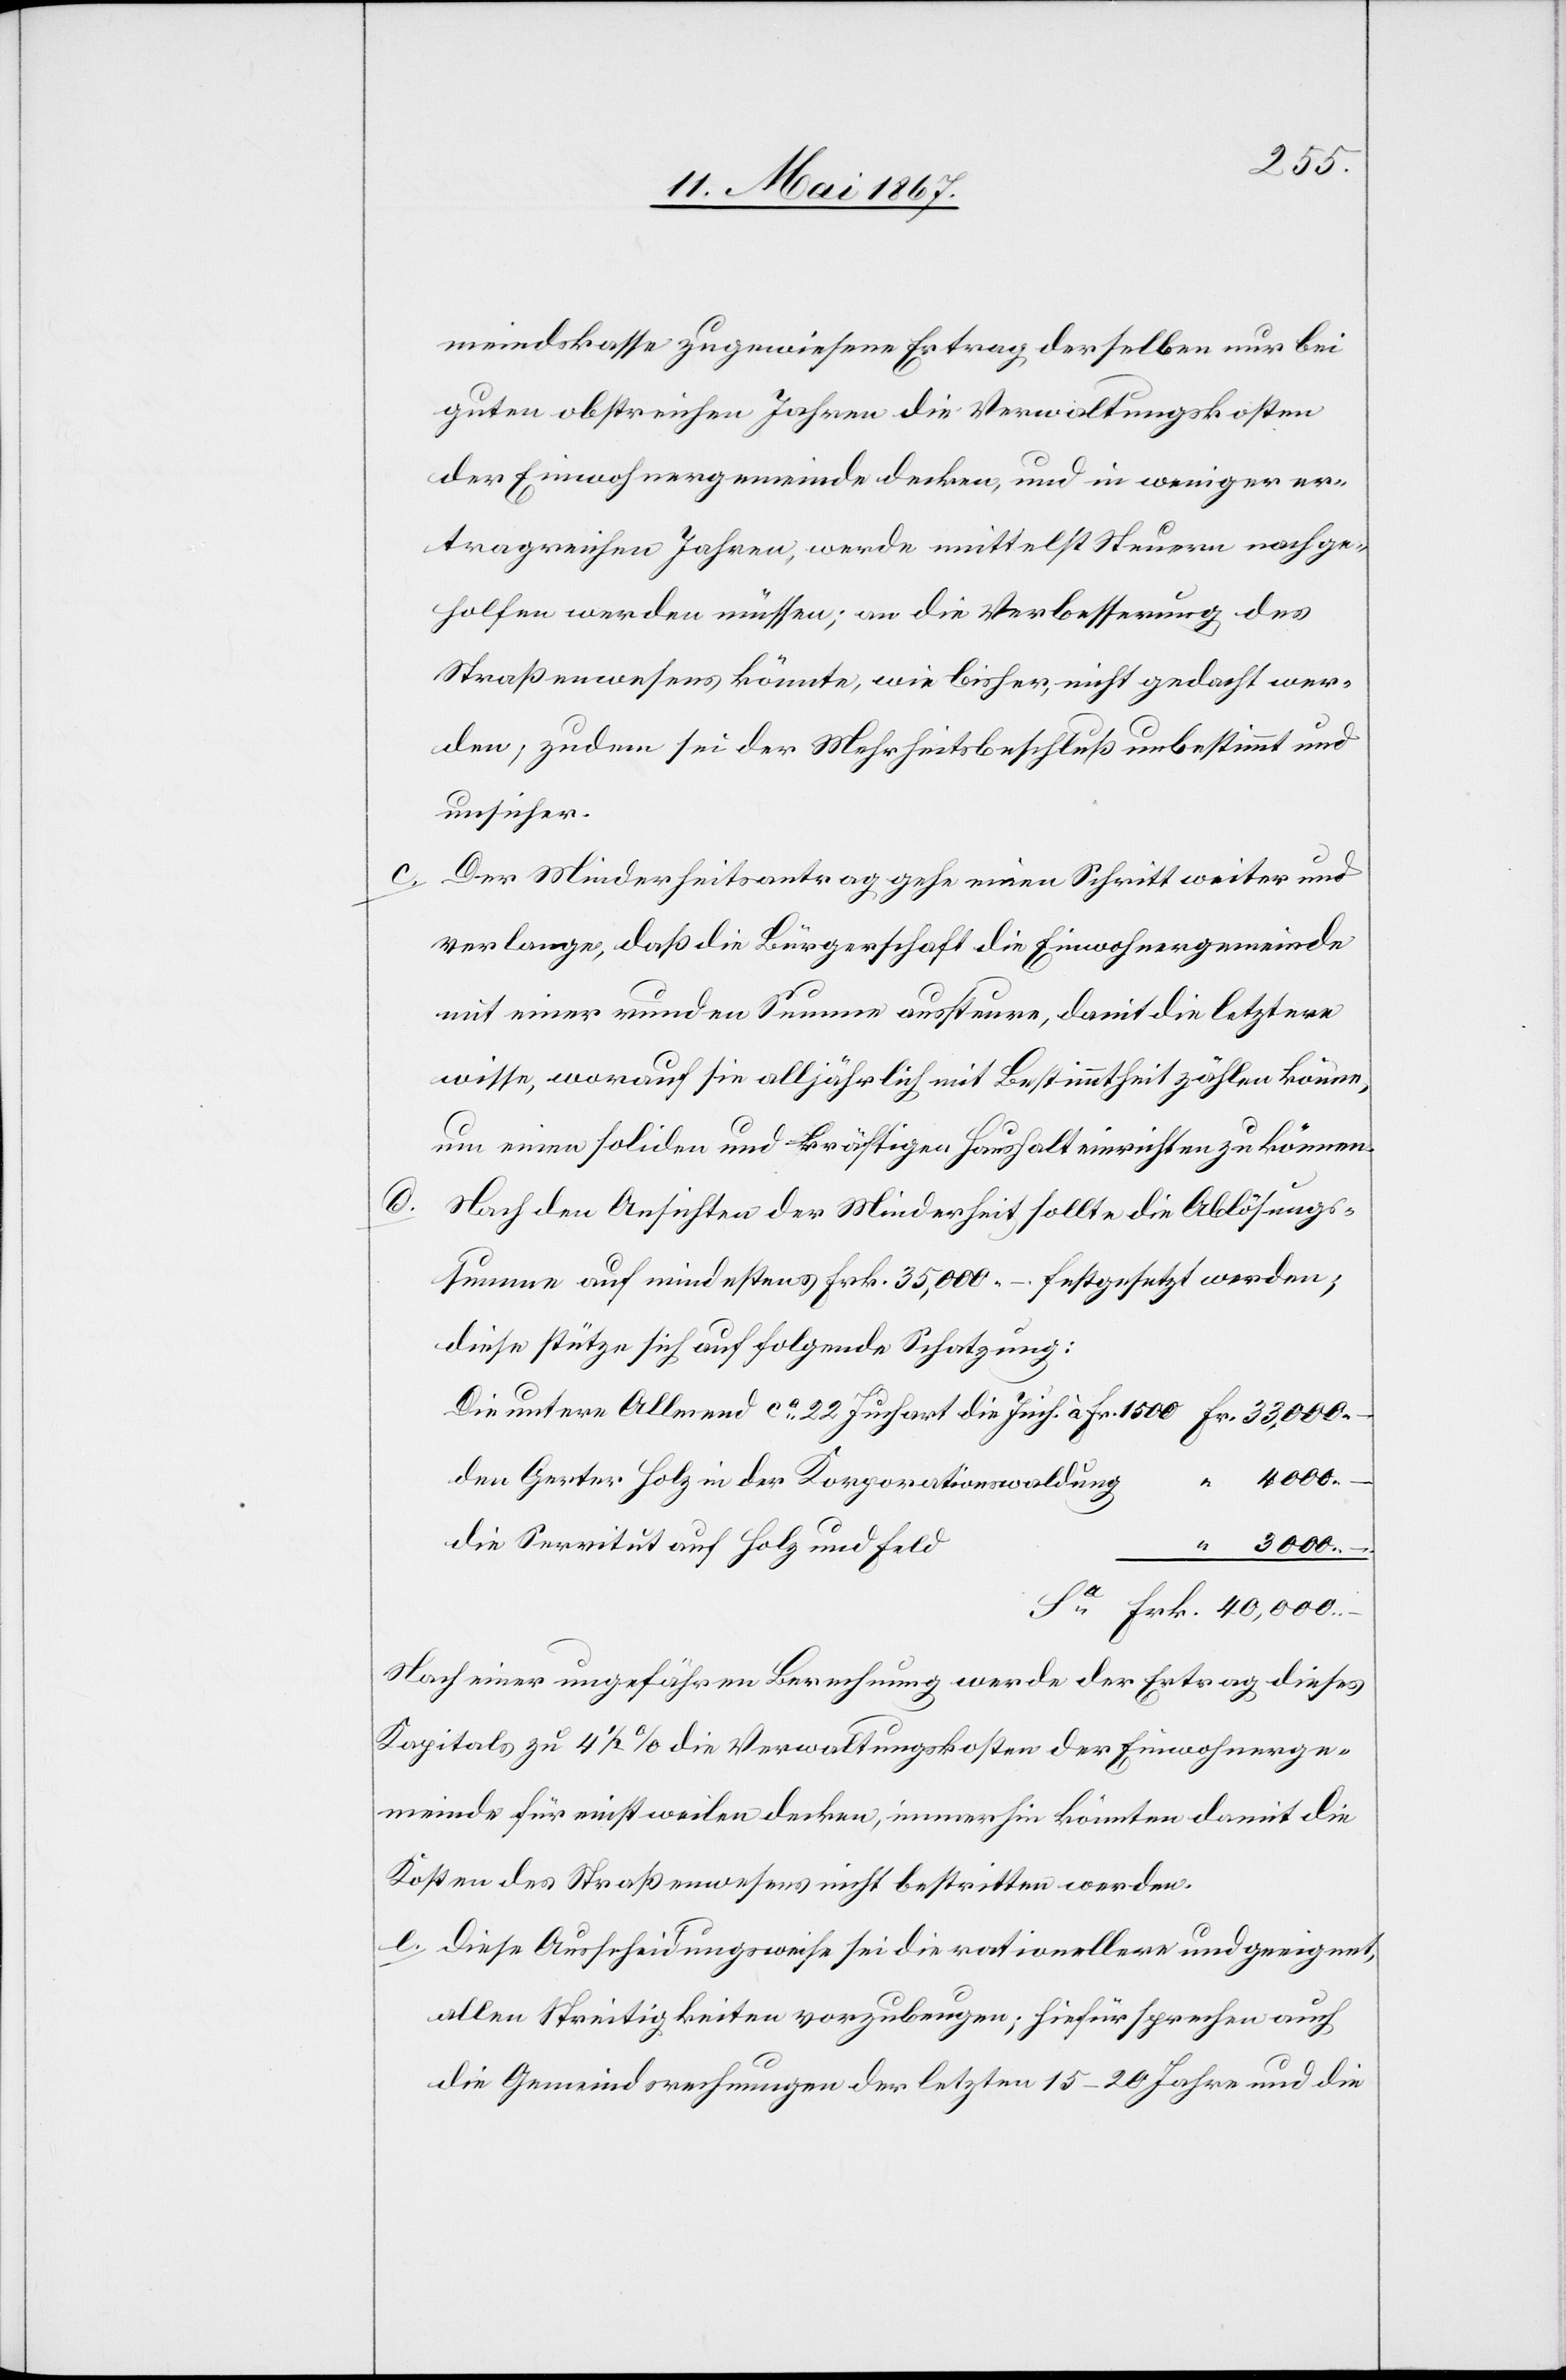
g
meindskasse zugewiesene Ertrag derselben nur bei
guten obstreichen Jahren die Verwaltungskosten
der Einwohnergemeinde decken, und in weniger er¬
tragreichen Jahren, werde mittelst Steuern nachge¬
holfen werden müssen; an die Verbesserung des
Straßenwesens könnte, wie bisher, nicht gedacht wer¬
den, zudem sei der Mehrheitsbeschluß unbestimmt und
unsicher.
c.	Der Minderheitsantrag gehe einen Schritt weiter und
verlange, daß die Bürgerschaft die Einwohnergemeinde
mit einer runden Summe aussteure, damit die letztere
wisse, worauf sie alljährlich mit Bestimmtheit zählen könne,
um einen soliden und kräftigen Haushalt einrichten zu können.
ach den Ansichten der Minderheit sollte die Ablösungs¬
summe auf mindestens Frk. 35,000.– festgesetzt werden;
diese stütze sich auf folgende Schatzung:
Die untere Allmend ca. 22 Juchart die Juch. à Fr. 1500		Fr. 	33,000.–
4000.–
den Gerter Holz in der Korporationswaldun¬
die Servitut auf Holz und
“	 3000.–
Sa	Frk.	40,000.–
Nach einer ungefähren Berechnung werde der Ertrag diese
Kapitals zu 4 1/2 % die Verwaltungskosten der Einwohnerge¬
meinde für einstweilen decken, immerhin könnten damit die
Kosten des Straßenwesens nicht bestritten werden.
e.	Diese Ausscheidungsweise sei die rationellere und geeignet,
allen Streitigkeiten vorzubeugen; hiefür sprechen auch
die Gemeindsrechnungen der letzten 15–20 Jahre und die